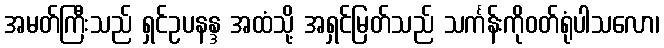
အမတ်ကြီးသည် ရှင်ဥပနန္ဒ အထံသို့ အရှင်မြတ်သည် သင်္ကန်းကိုဝတ်ရုံပါသလော၊